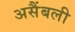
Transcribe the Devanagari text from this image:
असैंबली